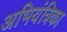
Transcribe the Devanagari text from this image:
अभियंत्रिका